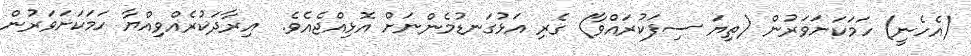
(އެހެނީ) ހަމަކަށަވަރުން (ތިޔަ ސިފަކުރައްވާ) ގެރި އަޅުގަނޑުމެންނަށް އޮޅިއްޖެއެވެ.  އިރާދަކުރެއްވިއްޔާ ހަމަކަށަވަރުން